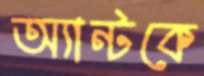
অ্যান্টকে